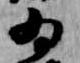
為